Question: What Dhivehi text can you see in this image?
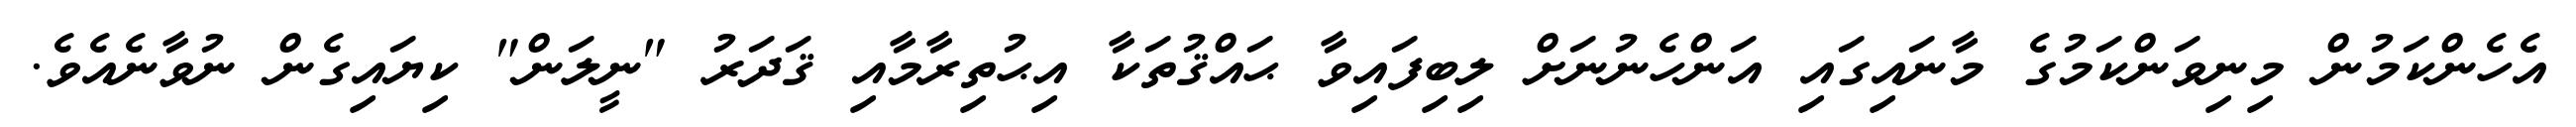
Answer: އެހެންކަމުން މިނިވަންކަމުގެ މާނައިގައި އަންހެނުނަށް ލިބިފައިވާ ޙައްޤުތަކާ އިޙުތިރާމާއި ޤަދަރު "ނީލަން" ކިޔައިގެން ނުވާނެއެވެ.